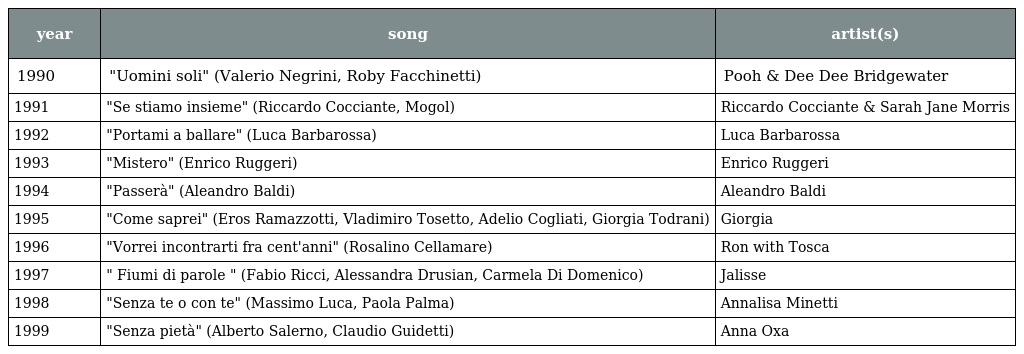
| year | song | artist(s) |
 | --- | --- | --- |
 | 1990 | "Uomini soli" (Valerio Negrini, Roby Facchinetti) | Pooh & Dee Dee Bridgewater |
 | 1991 | "Se stiamo insieme" (Riccardo Cocciante, Mogol) | Riccardo Cocciante & Sarah Jane Morris |
 | 1992 | "Portami a ballare" (Luca Barbarossa) | Luca Barbarossa |
 | 1993 | "Mistero" (Enrico Ruggeri) | Enrico Ruggeri |
 | 1994 | "Passerà" (Aleandro Baldi) | Aleandro Baldi |
 | 1995 | "Come saprei" (Eros Ramazzotti, Vladimiro Tosetto, Adelio Cogliati, Giorgia Todrani) | Giorgia |
 | 1996 | "Vorrei incontrarti fra cent'anni" (Rosalino Cellamare) | Ron with Tosca |
 | 1997 | " Fiumi di parole " (Fabio Ricci, Alessandra Drusian, Carmela Di Domenico) | Jalisse |
 | 1998 | "Senza te o con te" (Massimo Luca, Paola Palma) | Annalisa Minetti |
 | 1999 | "Senza pietà" (Alberto Salerno, Claudio Guidetti) | Anna Oxa |